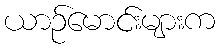
ယာဉ်မောင်းများက